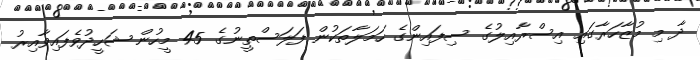
ދާ މި މުޒާހަރާގައި އިސްރާއިލުގެ ސިފައިންގެ ހަމަލާތަކުން ފަލަސްތީނުގެ 45 މީހުން ޝަހީދުވެފައިވާއިރު